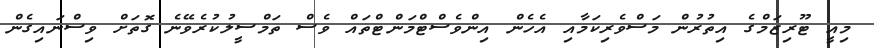
މިއީ ޓޫރިޒަމްގެ އިތުރުން މަސްވެރިކަމާއި އެހެން އިންވެސްޓްމަންޓްތައް ވެސް ތަމްސީލުކުރެވޭނެ ގޮތަށް ވިސްނައިގެން